Vaccination report Assam 1874-1896 - 1874-1896
Year: 1874
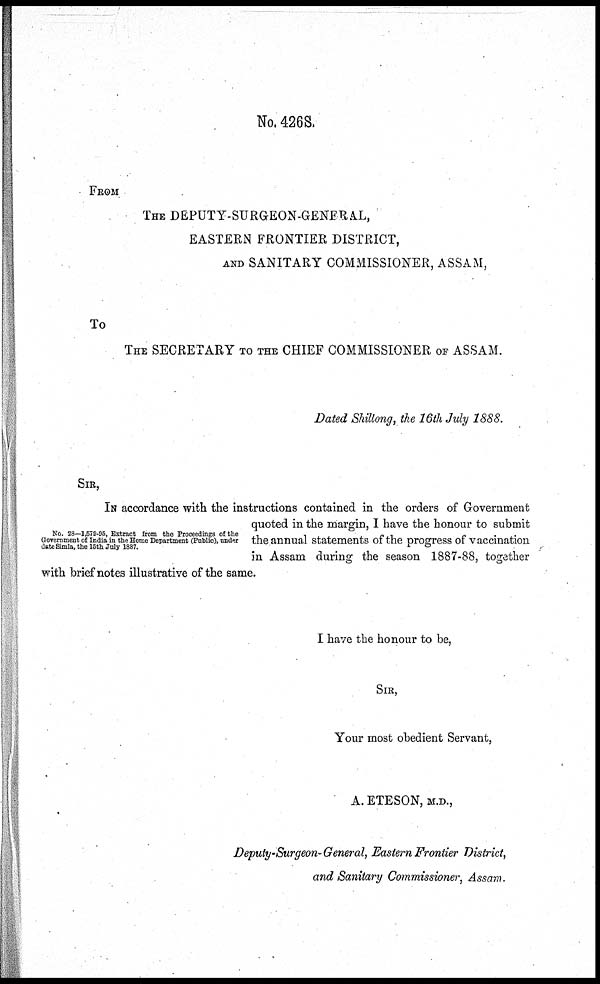
No. 426S,
FROM
THE DEPUTY-SURGEON-GENERAL,
EASTERN FRONTIER DISTRICT,
AND SANITARY COMMISSIONER, ASSAM,
To
THE SECRETARY TO THE CHIEF COMMISSIONER OF ASSAM.
Dated Shillong, the 16th July 1888.
SIR,
No. 28—1,579-95, Extract from the Proceedings of the
Government of India in the Home Department (Public), under
date Simla, the 15th July 1887.
IN accordance with the instructions contained in the orders of Government
quoted in the margin, I have the honour to submit
the annual statements of the progress of vaccination
in Assam during the season 1887-88, together
with brief notes illustrative of the same.
I have the honour to be,
SIR,
Your most obedient Servant,
A. ETESON, M.D.,
Deputy-Surgeon-General, Eastern Frontier District,
and Sanitary Commissioner, Assam.